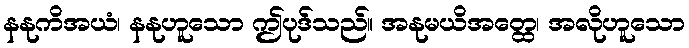
နနုကိအယံ၊ နနုဟူသော ဤပုဒ်သည်။ အနုမယိအတ္ထေ၊ အလိုဟူသော